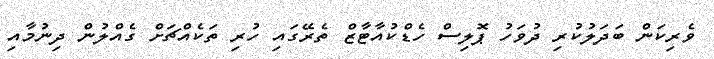
ވެރިކަން ބަދަލުކުރި ދުވަހު ޕޮލިސް ހެޑްކުއާޓާޒް ތެރޭގައި ހުރި ތަކެއްޗަށް ގެއްލުން ދިނުމާއި